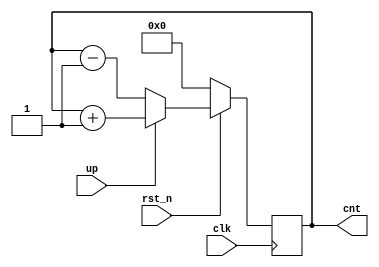
module synchronous_counter(
  input clk, rst_n,
  input up,
  output reg [3:0] cnt
);

  always@(posedge clk) begin
    if(!rst_n) begin
      cnt <= 4'h0;
    end
    else begin
      if(up) cnt <= cnt + 1'b1;
      else cnt <= cnt - 1'b1;
    end
  end
endmodule